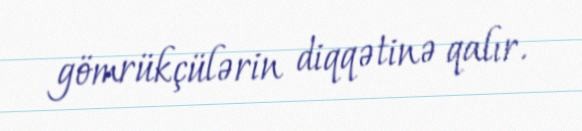
gömrükçülərin diqqətinə qalır.